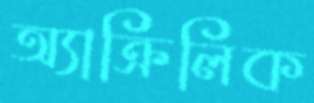
অ্যাক্রিলিক